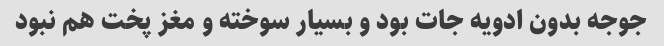
جوجه بدون ادویه جات بود و بسیار سوخته و مغز پخت هم نبود